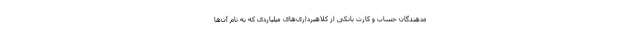
ه‌دهندگان حساب و کارت بانکی از کلاهبرداری‌های میلیاردی که به نام آن‌ها